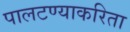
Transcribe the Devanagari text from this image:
पालटण्याकरिता